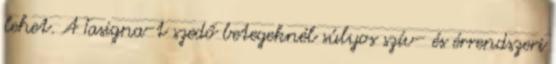
lehet. A Tasigna-t szedő betegeknél súlyos szív- és érrendszeri